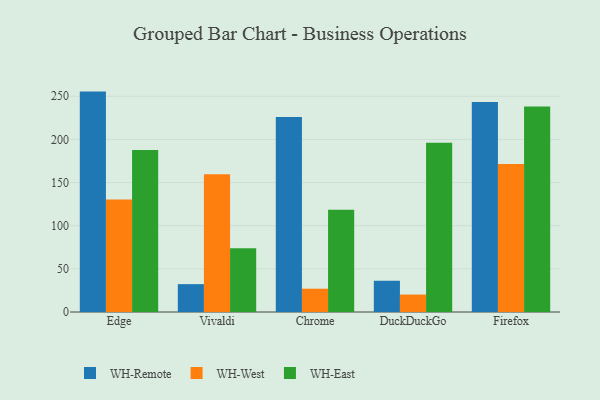
{"axis": {"x": "Browser", "y": "Inventory Turnover"}, "legend": ["WH-East", "WH-Remote", "WH-West"], "data": [{"x": "Edge", "y": 255.4, "type": "WH-Remote"}, {"x": "Edge", "y": 130.4, "type": "WH-West"}, {"x": "Edge", "y": 187.8, "type": "WH-East"}, {"x": "Vivaldi", "y": 32.3, "type": "WH-Remote"}, {"x": "Vivaldi", "y": 159.5, "type": "WH-West"}, {"x": "Vivaldi", "y": 73.8, "type": "WH-East"}, {"x": "Chrome", "y": 226.0, "type": "WH-Remote"}, {"x": "Chrome", "y": 27.0, "type": "WH-West"}, {"x": "Chrome", "y": 118.5, "type": "WH-East"}, {"x": "DuckDuckGo", "y": 36.2, "type": "WH-Remote"}, {"x": "DuckDuckGo", "y": 20.2, "type": "WH-West"}, {"x": "DuckDuckGo", "y": 196.2, "type": "WH-East"}, {"x": "Firefox", "y": 243.4, "type": "WH-Remote"}, {"x": "Firefox", "y": 171.4, "type": "WH-West"}, {"x": "Firefox", "y": 238.0, "type": "WH-East"}]}